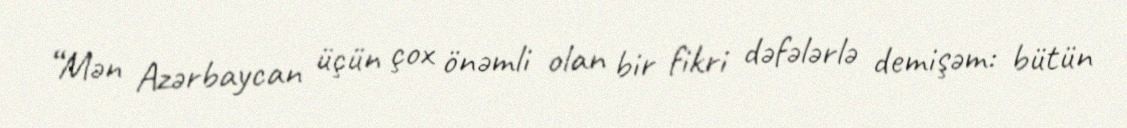
“Mən Azərbaycan üçün çox önəmli olan bir fikri dəfələrlə demişəm: bütün